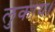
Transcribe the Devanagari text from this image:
लुकाय।